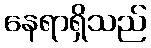
နေရာရှိသည်